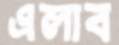
এলাব